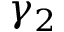
\gamma _ { 2 }